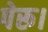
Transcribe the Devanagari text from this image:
पेरू।